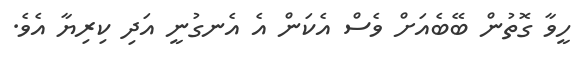
ހީވާ ގޮތުން ބޭބެއަށް ވެސް އެކަން އެ އެނގުނީ އަދި ކިރިޔާ އެވެ.